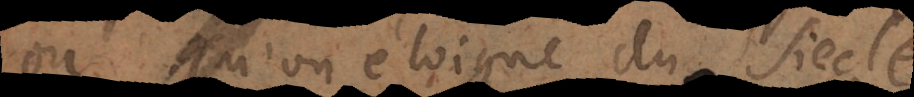
ou qu’on éloigne du siecle;